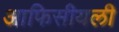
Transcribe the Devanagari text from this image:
आफिसीयली